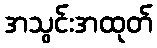
အသွင်းအထုတ်